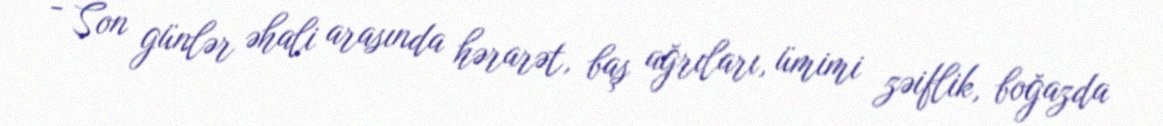
- Son günlər əhali arasında hərarət, baş ağrıları, ümimi zəiflik, boğazda